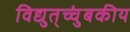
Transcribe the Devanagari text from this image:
विद्युत्‌च्चुंबकीय